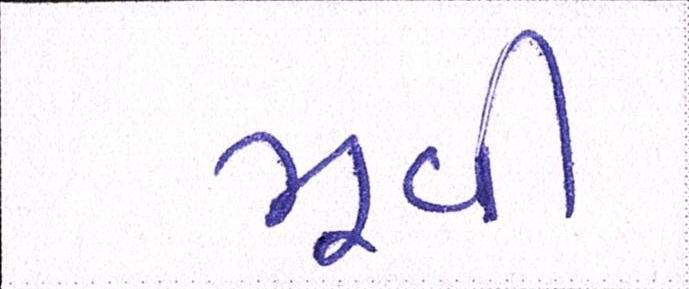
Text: મૂવી